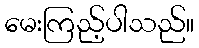
မေးကြည့်ပါသည်။